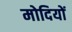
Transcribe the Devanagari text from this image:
मोदियों